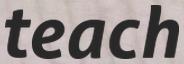
teach